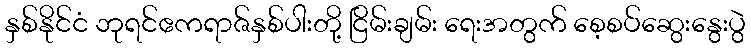
နှစ်နိုင်ငံ ဘုရင်ဧကရာဇ်နှစ်ပါးတို့ ငြိမ်းချမ်း ရေးအတွက် စေ့စပ်ဆွေးနွေးပွဲ